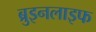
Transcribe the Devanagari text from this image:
ब्रुइनलाइफ